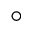
^ \circ